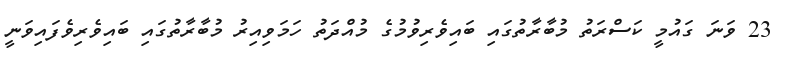
23 ވަނަ ގައުމީ ކަސްރަތު މުބާރާތުގައި ބައިވެރިވުމުގެ މުއްދަތު ހަމަވިއިރު މުބާރާތުގައި ބައިވެރިވެފައިވަނީ